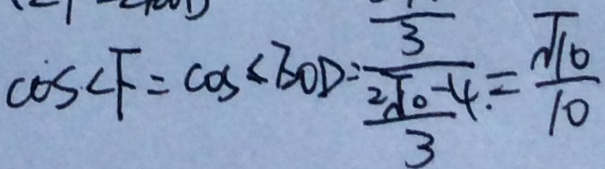
\cos c F = \cos < E O D = \frac { \frac { 1 } { 3 } } { \frac { 2 \sqrt { 1 0 } - 4 } { 3 } } = \frac { \sqrt { 1 0 } } { 1 0 }